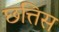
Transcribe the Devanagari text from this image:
छत्तिस